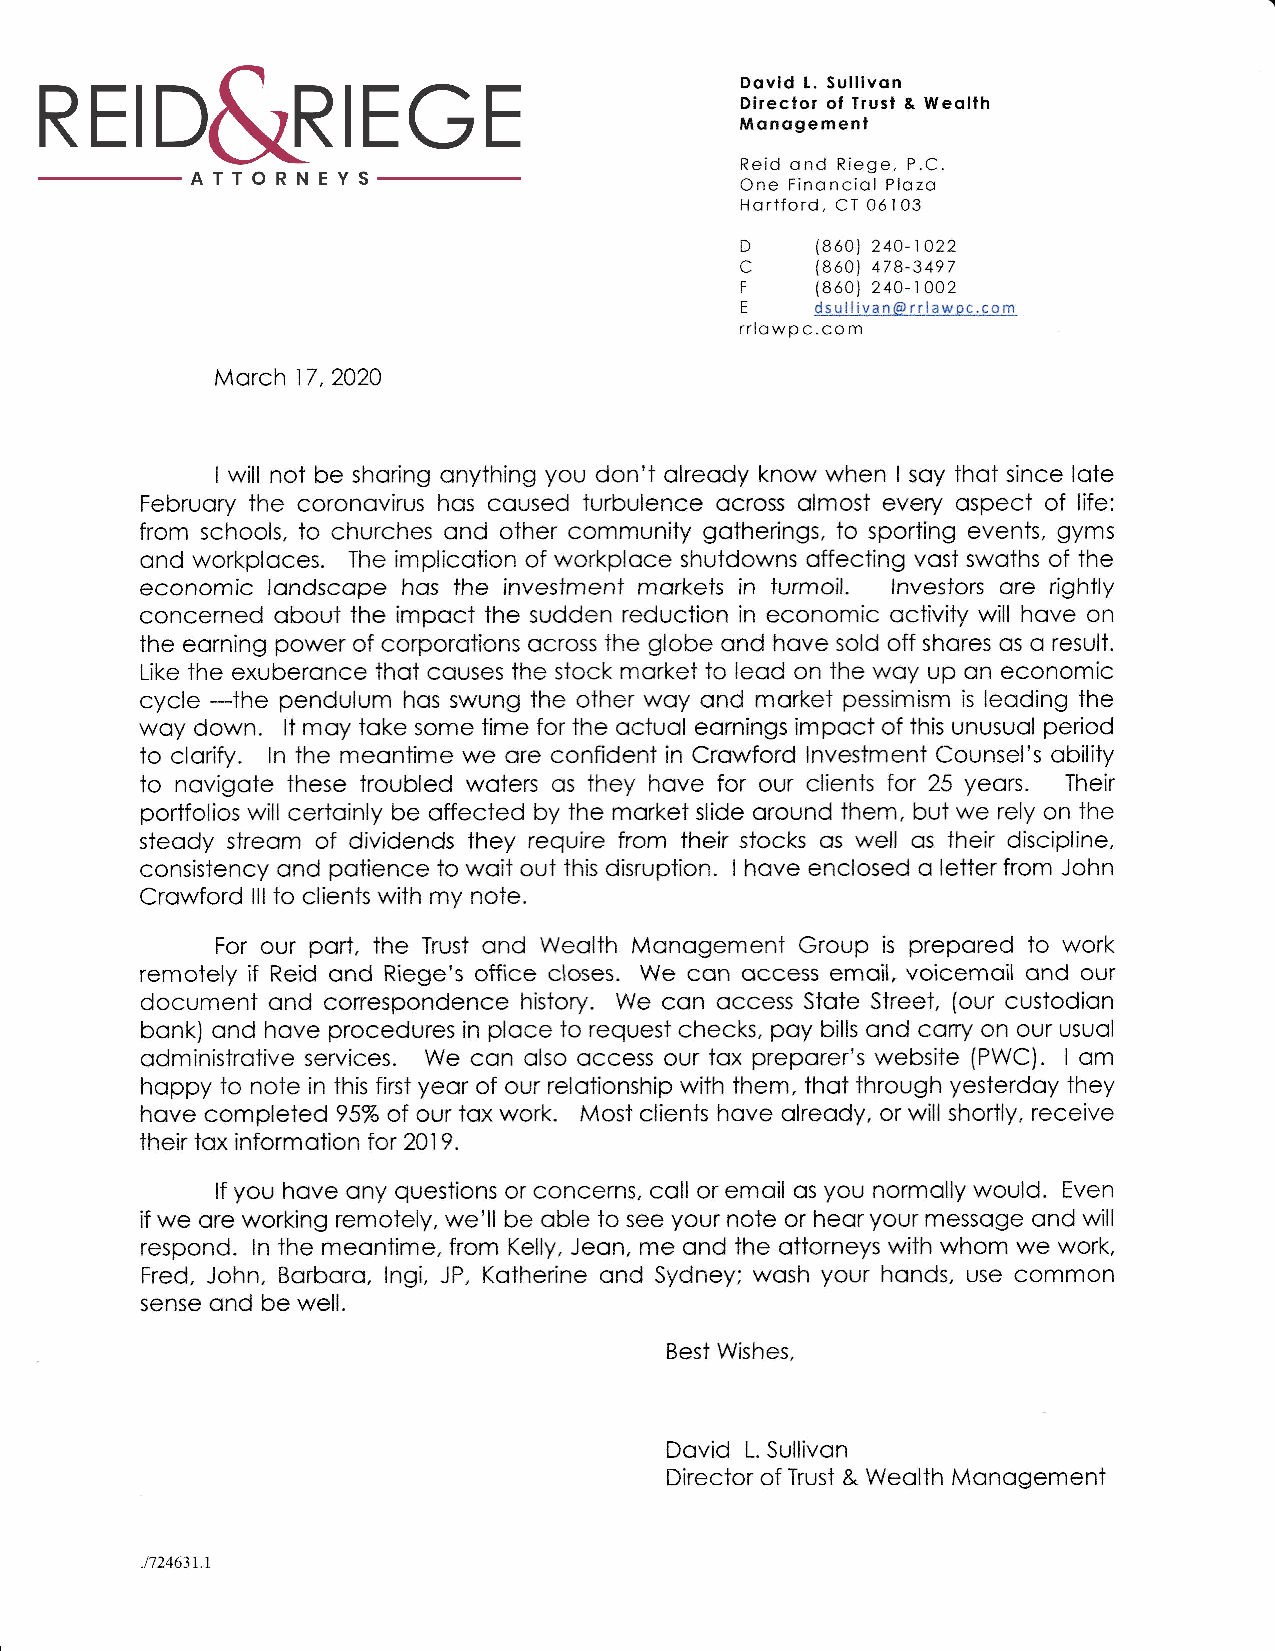
Dovid L. Sullivon
 Direclor ol Trusl & Weolth
 Monogemenl
 Reid ond Riege, P.C.
 One Finonciol Plozo
 Hortf ord. CI 061 03
 D    (860) 24O-1O22
 c    1860) 478-3497
 F    (8601 240-1 002
 E
 drt1i-]!/anqll_1At:;pj._!;!_ti
 rrlowpc.com
 Morch 17,2020
 I will noi be shoring onything you don't olreody know when I soy thot since lote
 Februory the coronovirus hos coused iurbulence ocross olmost every ospect of life:
 from schools, to churches ond other community gotherings, to sporting events, gyms
 ond workploces. The implicoiion of workploce shutdowns offecting vost swoths of the
 economic iondscope hos the invesiment morkets in turmoil. lnvestors ore rightly
 concerned obout the impoct ihe sudden reduction in economic ociivity will hove on
 the eorning power of corporotions ocross ihe globe ond hove sold off shores os o result.
 Like the exuberonce thot couses the stock morkei to leod on the woy up on economic
 cycle --the pendulum hos swung ihe other woy ond morket pessimism is leoding the
 woy down. lt moy ioke some iime for the octuol eornings impoct of ihis unusuol period
 to clorify. ln the meontime we ore confident in Crowford lnvestment Counsel's obility
 to novigoie these troubleci woters os they hove for our clients lor 25 yeors. Their
 portfolios will certoinly be offecied by the morket slide oround them. but we rely on the
 steody streom of dividends fhey require from their siocks os well os their discipline,
 consistency ond potience to woit out this disruption. I hove enclosed o leiter from John
 Crowford lll io clients with my note.
 For our port. the Trust ond Weolth Monogement Group is prepored io work
 remotely if Reid ond Riege's office closes. We con occess emoil, voicemoil ond our
 document ond correspondence history. We con occess Stote Street, (our custodion
 bonk) ond hove procedures in ploce to request checks. poy bills ond corry on our usuol
 odministrotive services. We con olso occess our tox preporer's website (PWC). lom
 hoppy to note in this first yeor of our relotionship wiih them, thot ihrough yesterdoy ihey
 hove completed 95% of our tox work. Most clients hove olreody. or will shortly, receive
 their tox informotion for 20,l9.
 lf you hove ony quesiions or concerns, coll or emoil os you normolly would. Even
 if we ore working remotely, we'll be oble to see your note or heor your messoge ond will
 respond. ln the meontime, from Kelly, Jeon, me ond the ottorneys with whom we work,
 Fred, John, Borboro, lngi. JP, Kotherine onC Sydney; wosh your honds, use common
 sense ond be weli.
 Best Wishes.
 Dovid L. Sullivon
 Director of Trust & Weolth Monogement
 .1724631.1